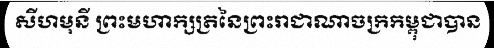
សីហមុនី ព្រះមហាក្សត្រនៃព្រះរាជាណាចក្រកម្ពុជាបាន